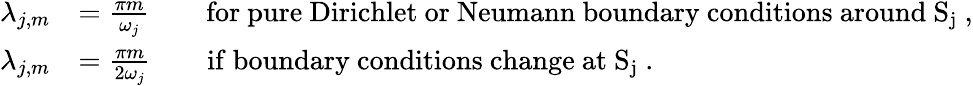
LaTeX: \begin{array}{rl}{\lambda_{j,m}}&{=\frac{\pi m}{\omega_{j}}\qquad\mathrm{for~pure~Dirichlet~or~Neumann~boundary~conditions~around~S_j~},}\\ {\lambda_{j,m}}&{=\frac{\pi m}{2\omega_{j}}\qquad\mathrm{if~boundary~conditions~change~at~S_j~.}}\end{array}